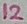
Text: 12